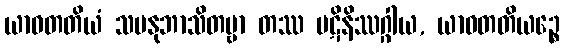
ယာဝတတိယံ သမနုဘာသိတဗ္ဗာ တဿ ပဋိနိဿဂ္ဂါယ, ယာဝတတိယဉ္စေ